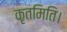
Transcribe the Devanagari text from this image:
कृतमिति।